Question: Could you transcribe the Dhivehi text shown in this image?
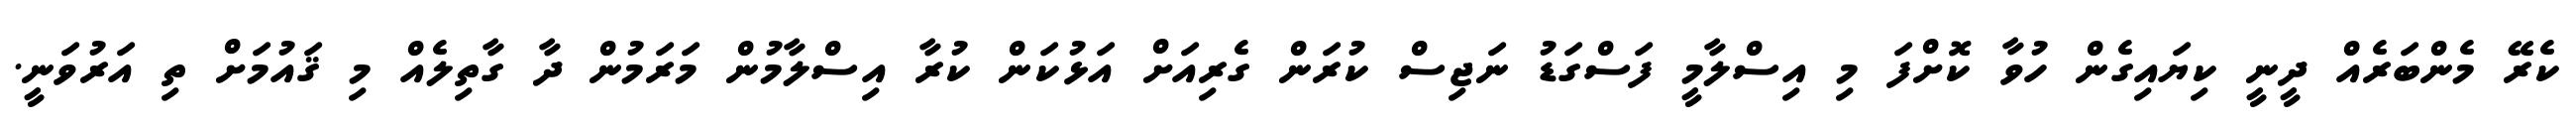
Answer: ކެރޭ މެންބަރެއް ދީނީ ކިޔައިގެން ހުވާ ކޮށްފަ މި އިސްލާމީ ފަސްގަޑު ނަޖިސް ކުރަން ގެރިއަށް އަޅުކަން ކުރާ އިސްލާމުން މަރަމުން ދާ ގާތިލެއް މި ޤައުމަށް ތި އަރުވަނީ.